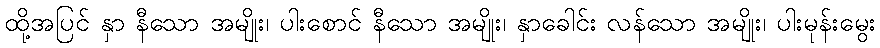
ထို့အပြင် နှာ နီသော အမျိုး၊ ပါးစောင် နီသော အမျိုး၊ နှာခေါင်း လန်သော အမျိုး၊ ပါးမုန်းမွေး